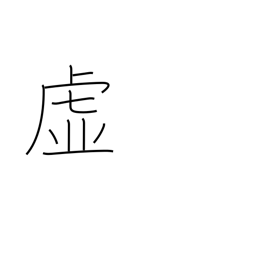
Meaning: void